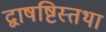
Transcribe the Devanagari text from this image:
द्वाषष्टिस्तथा